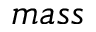
m a s s